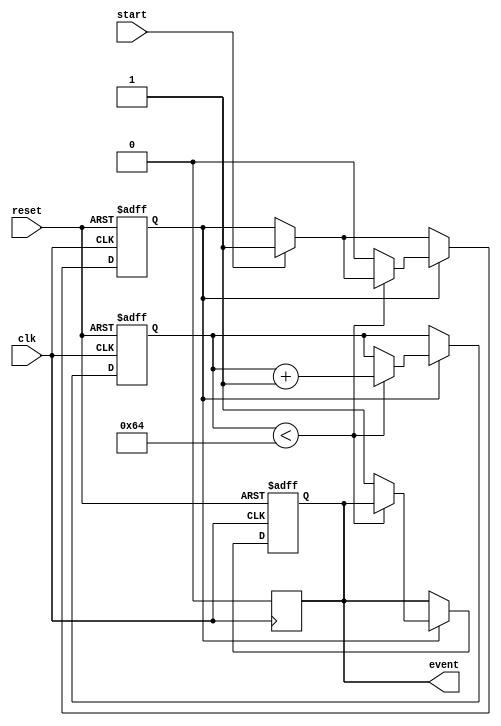
module timer_event_control #(
    parameter TIME_INTERVAL = 100  // Specify the time interval for the timer (in simulation time units)
)(
    input wire clk,                // Clock signal
    input wire start,              // Start signal
    input wire reset,              // Reset signal
    output reg event               // Event signal
);

    reg [31:0] counter;            // Counter to keep track of elapsed time
    reg running;                   // To keep track of whether the timer is running

    // Timer behavior
    always @(posedge clk or posedge reset) begin
        if (reset) begin
            counter <= 0;          // Reset counter
            event <= 0;           // Deassert event signal
            running <= 0;          // Timer is not running
        end else begin
            if (start) begin
                running <= 1;      // Start the timer
            end
            
            if (running) begin
                if (counter < TIME_INTERVAL) begin
                    counter <= counter + 1; // Increment the counter
                end else begin
                    event <= 1;         // Assert event signal when timer reaches TIME_INTERVAL
                    running <= 0;      // Stop the timer after event is triggered
                end
            end
        end
    end

    // Ensure event signal is kept high for a single clock cycle or as needed
    always @(posedge clk) begin
        if (event) begin
            // Optionally introduce a delay mechanism for how long to keep event high.
            // Here we clear the event signal on next clock cycle.
            event <= 0; // Clear event signal after one clock cycle
        end
    end
    
endmodule